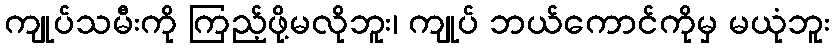
ကျုပ်သမီးကို ကြည့်ဖို့မလိုဘူး၊ ကျုပ် ဘယ်ကောင်ကိုမှ မယုံဘူး